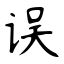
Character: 误